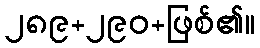
၂၈၉+၂၉၀+ဖြစ်၏။